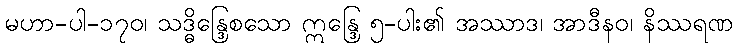
မဟာ-ပါ-၁၇၀၊ သဒ္ဓိန္ဒြေစသော ဣန္ဒြေ ၅-ပါး၏ အဿာဒ၊ အာဒီနဝ၊ နိဿရဏ